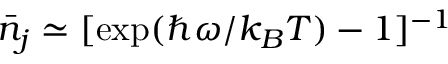
\bar { n } _ { j } \simeq [ \mathrm { e x p } ( \hbar \omega / k _ { B } T ) - 1 ] ^ { - 1 }